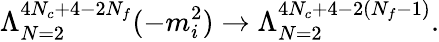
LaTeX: \Lambda_{N=2}^{4N_{c}+4-2N_{f}}(-m_{i}^{2})\rightarrow\Lambda_{N=2}^{4N_{c}+4-2(N_{f}-1)}.